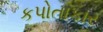
કપોતાકાર